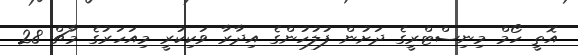
އޮތީ ހޯމް މިނިސްޓްރީގެ ދަށުން ފުލުހުންގެ އިދާރާ ވަކިކުރީ މިއަހަރުގެ މާޗް 28